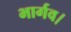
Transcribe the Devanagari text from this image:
भार्गव।